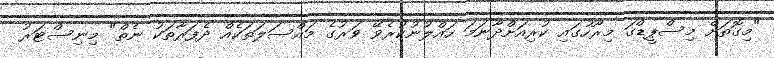
"މިގޮތަށް މިސްޕީޑްގަ މިރޫހުގައި ކުރިއަށްދާނަމަ ހައްލުނުކުރެވޭ ވަރުގެ މައްސަލަތަކެއް ދެފަރާތަކު ނެތް" މިނިސްޓަރު